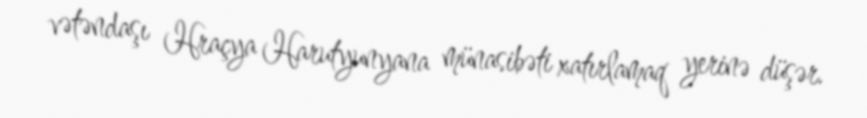
vətəndaşı Hraçya Harutyunyana münasibəti xatırlamaq yerinə düşər.